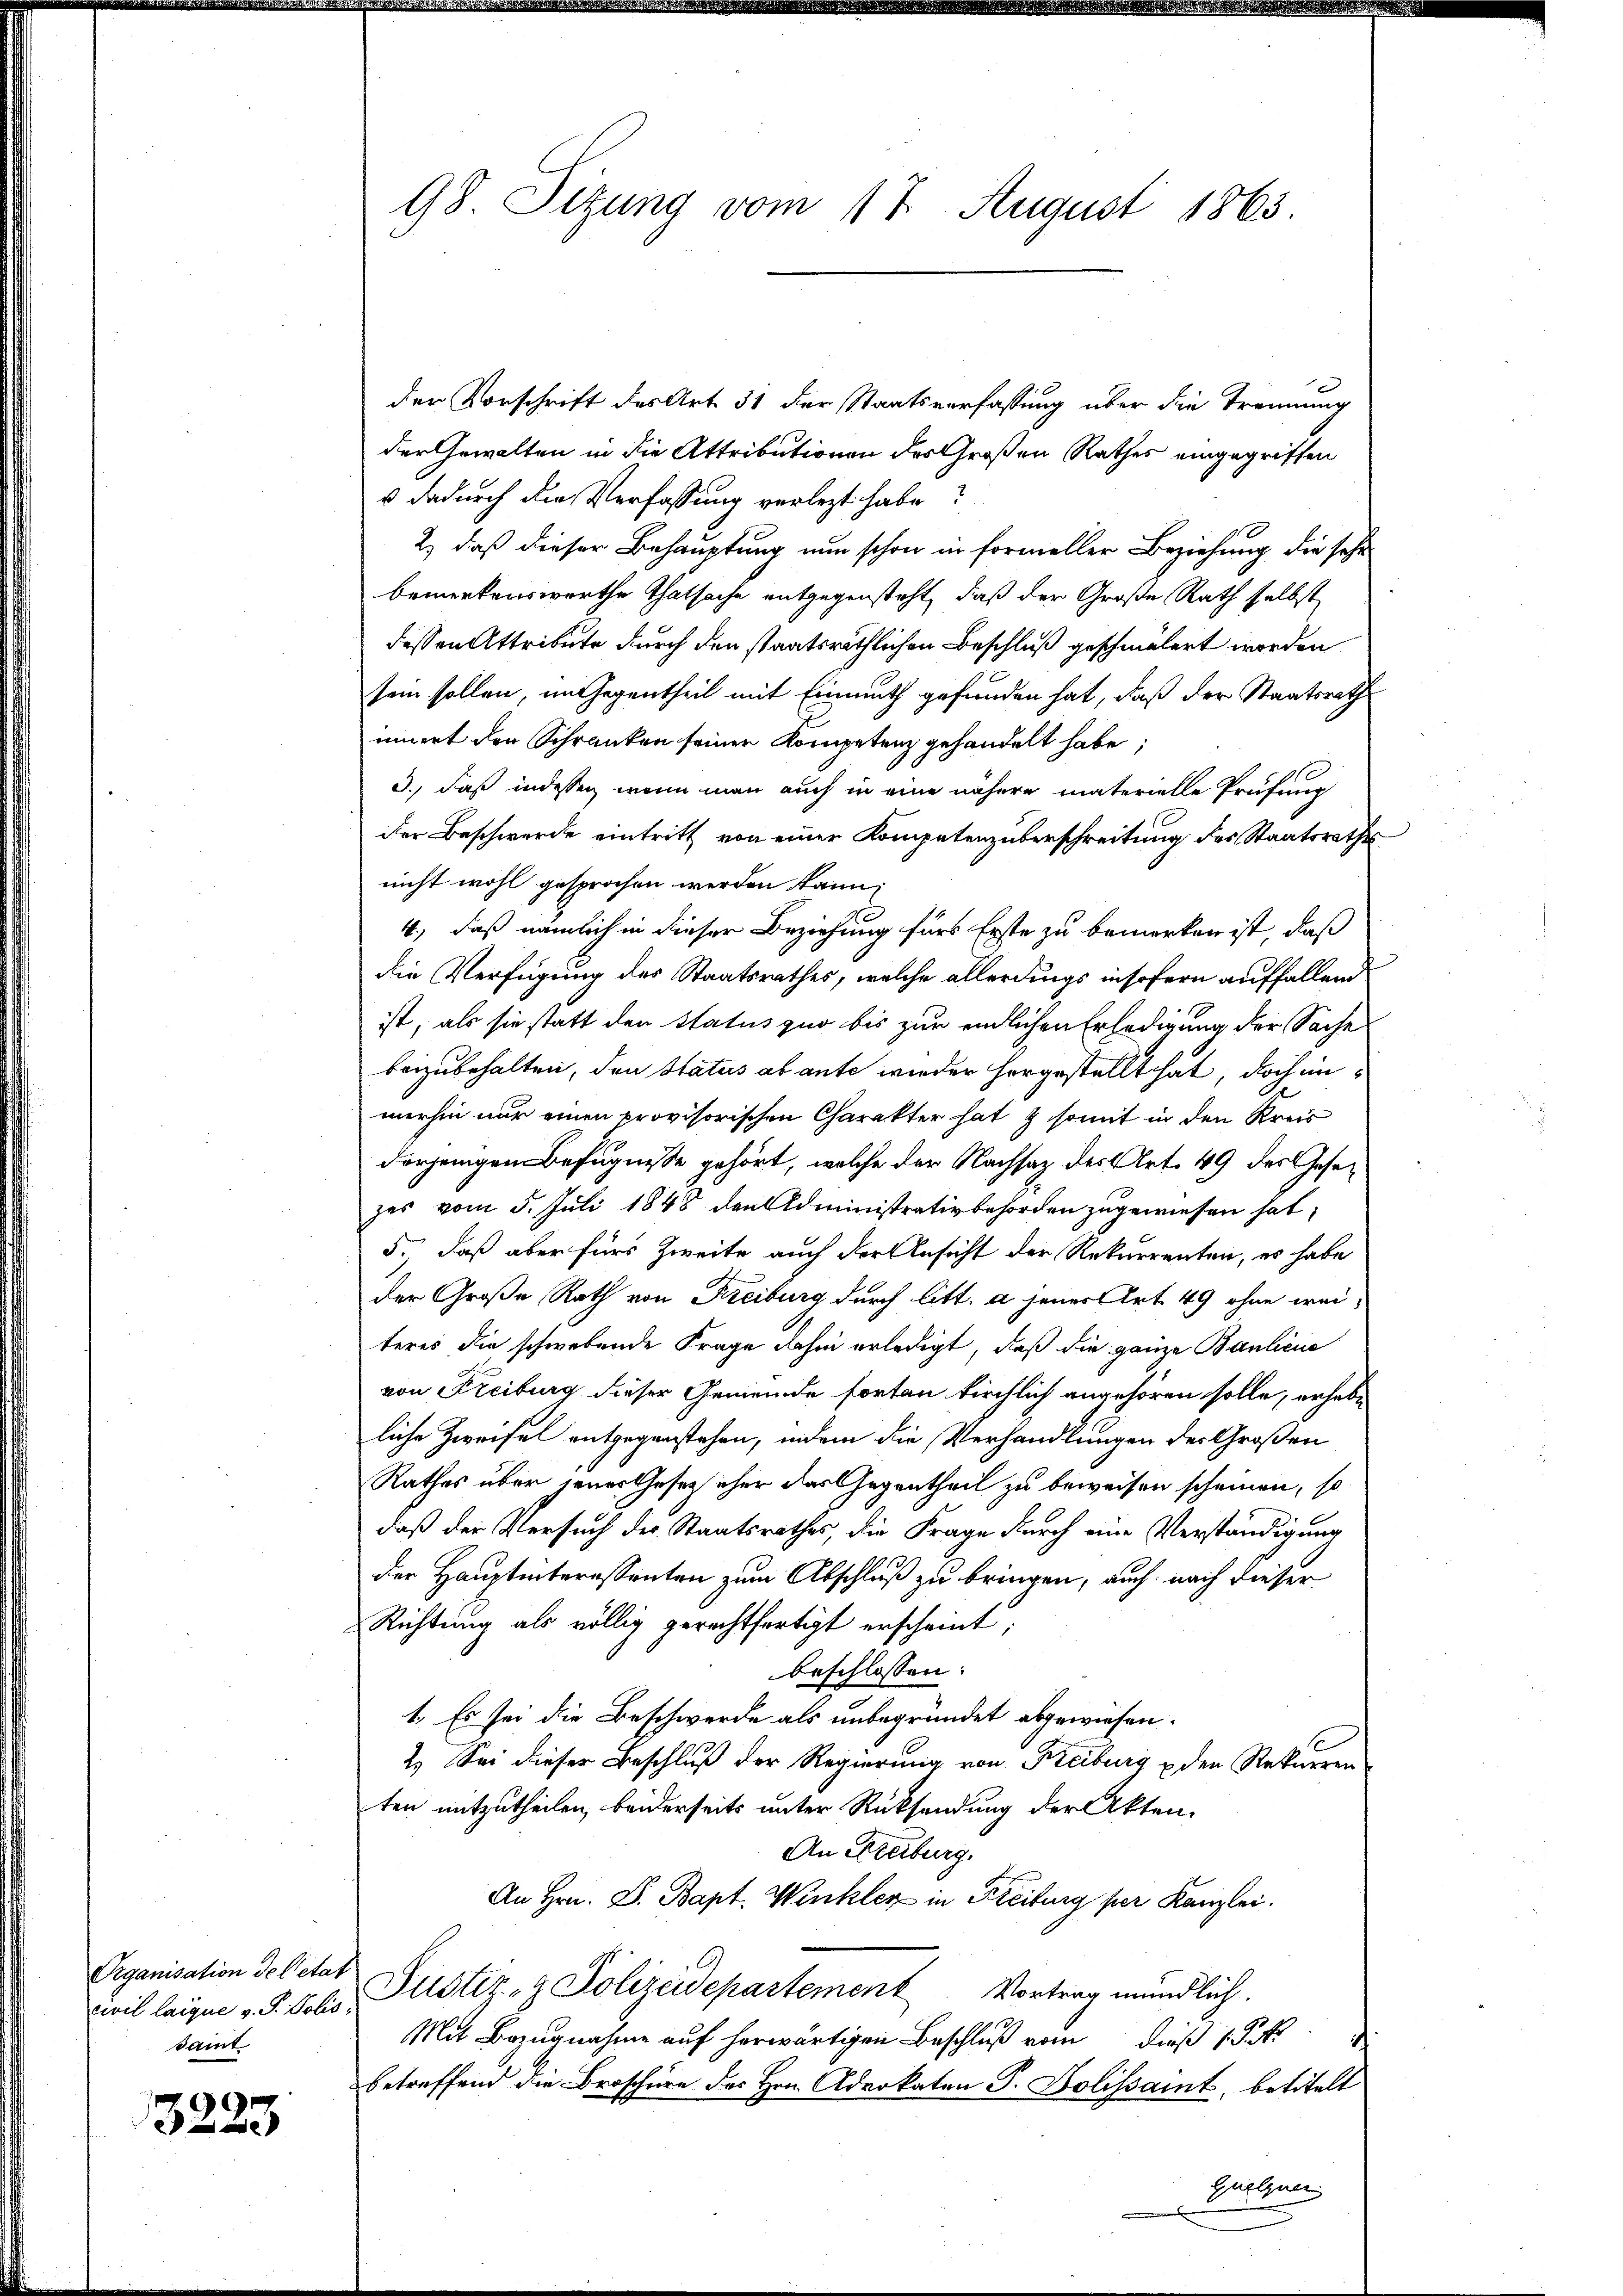
Organisation de l’état
civil laique v. J. Polissamt

3223

98. Setzung vom 17. August 1863.

den Vorschrift des Art. 31 der Staatsverfassung über die Trennung
der Gewalten in die Attributionen des Großen Rathes eingegriffen
 dadurch die Verfassung verlegt habe?
2.) daß dieser Behauptung nun schon in formeller Beziehung die sehr
bemerkenswerthe Thatsache entgegensteht, daß der Große Rath selbst
dessen Attribute durch den staatsräthlichen Beschluß geschmälert worden
sein sollen, im Gegentheil mit Einmuth gefunden hat, daß der Staatsrath
innert den Schranken seiner Kompetenz gehandelt habe;
3., daß indessen, wenn man auch in eine nähere materielle Prüfung
der Beschwerde eintritt von einer Kompetenzüberschreitung des Staatsrathes
nicht wohl gesprochen werden kann;
4., daß nämlich in dieser Beziehung fürs Erste zu bemerken ist, daß
die Verfügung des Staatsrathes, welche allerdings insofern auffallend
ist, als sie statt den Status quo bis zur endlichen Erledigung der Sache
beizubehalten, den Status ab ante wieder horgestellt hat, doch inmerhin nur einen provisorischen Charakter hat & somit in den Kreis
derjenigen Befugnisse gehört, welche der Nachsatz des Art. 49 des Gesetzzes vom 5. Juli 1848 den Administrativbehörden zugewiesen hat,
5., daß aber für Zweite auch der Ansicht der Rekurrenten, es habe
der Große Rath von Freiburg durch litt. a jener Art. 49 ohne weiteres die schwebende Frage dahin erledigt, daß die ganze Baulicie
von Freiburg dieser Gemeinde forten kirchlich angehören solle, erhebe
liche Zweifel entgegenstehen, indem die Verhandlungen der Großen
Rathes über jenes Gesetz eher das Gegentheil zu beweisen scheinen, so
daß der Versuch der Staatsrathes, die Frage durch eine Verständigung
der Hauptinteressenten zum Abschluß zu bringen, auch nach dieser
Richtung als völlig gerechtfertigt erscheint;
beschlossen:
1. Es sei die Beschwerde als unbegründet abgewiesen.
2.) Sei dieser Beschluß der Regierung von Freiburg u den Rekurren
ten mitzutheilen, beiderseits unter Rücksendung der Akten-
An Freiburg.
An Hrn. S. Bapt. Winkler in Freiburg per Kanzlei.
Justiz- & Polizeidepartement. Vortrag mündlich.
Mit Bezugnahme auf herwärtigen Beschluß vom dieß 1 Pk
betreffend die Broschüre des Hrn. Advokaten J. Bolissait, betitelt
Gulgner